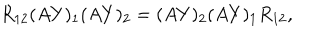
R _ { 1 2 } ( A Y ) _ { 1 } ( A Y ) _ { 2 } = ( A Y ) _ { 2 } ( A Y ) _ { 1 } R _ { 1 2 } ,